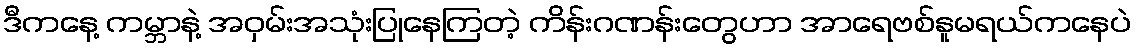
ဒီကနေ့ ကမ္ဘာနဲ့ အဝှမ်းအသုံးပြုနေကြတဲ့ ကိန်းဂဏန်းတွေဟာ အာရေဗစ်နူမရယ်ကနေပဲ